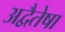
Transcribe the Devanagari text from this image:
अद्वैतेषा